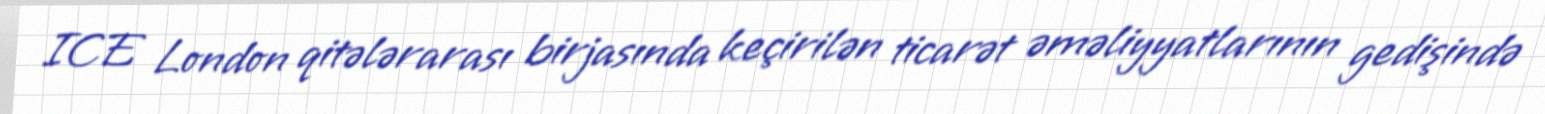
ICE London qitələrarası birjasında keçirilən ticarət əməliyyatlarının gedişində